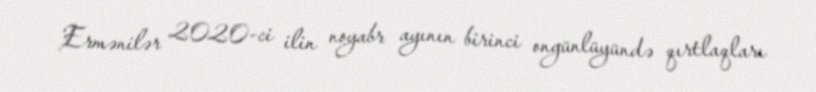
Ermənilər 2020-ci ilin noyabr ayının birinci ongünlüyündə qırtlaqları